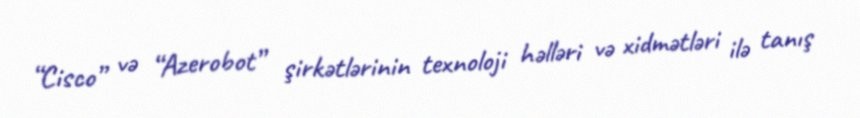
“Cisco” və “Azerobot” şirkətlərinin texnoloji həlləri və xidmətləri ilə tanış